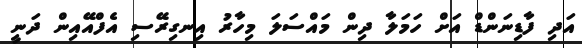
އަދި ފާޑިނަންޑް އަށް ހަމަލާ ދިން މައްސަލަ މިހާރު އިނގިރޭސި އެފްއޭއިން ދަނީ